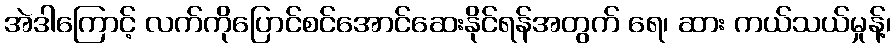
အဲဒါကြောင့် လက်ကိုပြောင်စင်အောင်ဆေးနိုင်ရန်အတွက် ရေ၊ ဆား ကယ်သယ်မှုန့်၊